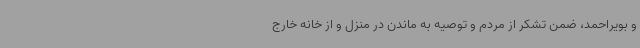
و بویراحمد، ضمن تشکر از مردم و توصیه به ماندن در منزل و از خانه خارج